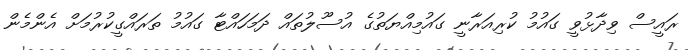
ރައީސް ވިދާޅުވީ ގައުމު ކުރިއަރާނީ ގައުމިއްޔަތުގެ އުސޫލުތައް ދަމަހައްޓާ ގައުމު ތަރައްގީކުރުމަށް އެންމެން